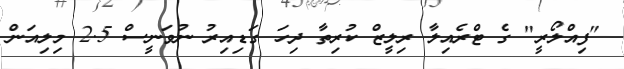
"ފިއްލޯރީ" ގެ ޓްރެއިލާ ރިލީޒް ކުރިތާ ދިހަ ގަޑިއިރު ނުވަނީސް 2.5 މިލިއަން